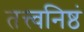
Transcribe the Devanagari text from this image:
तत्त्वनिष्ठं